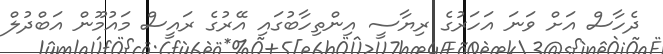
ދެހާސް އަށް ވަނަ އަހަރުގެ ރިޔާސީ އިންތިހާބުގައި އޭރުގެ ރައީސް މައުމޫން އަބްދުލް